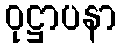
ဝုဋ္ဌာပနာ